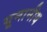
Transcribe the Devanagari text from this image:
यूनानीय